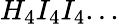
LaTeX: H_{4}I_{4}I_{4}...